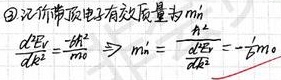
\textcircled{2} 记价带顶电子有效质量为\(m^{\prime}\)，\(\frac{d^2E_V}{dk^2}=-\frac{\hbar^2}{m_0} \Rightarrow m^{\prime} = \frac{\hbar^2}{\frac{d^2E_V}{dk^2}} = - m_0\)